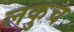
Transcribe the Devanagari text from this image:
लकुच